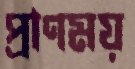
প্রাণময়